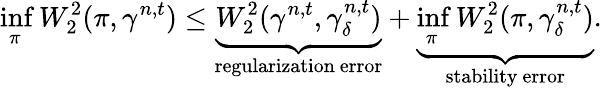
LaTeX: \operatorname*{inf}_{\pi}W_{2}^{2}(\pi,\gamma^{n,t})\leq\underbrace{W_{2}^{2}(\gamma^{n,t},\gamma_{\delta}^{n,t})}_{\mathrm{regularization~error}}+\underbrace{\operatorname*{inf}_{\pi}W_{2}^{2}(\pi,\gamma_{\delta}^{n,t})}_{\mathrm{stability~error}}.